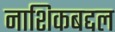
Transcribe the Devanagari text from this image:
नाशिकबद्दल